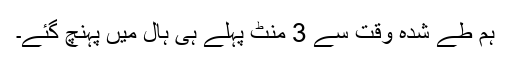
ہم طے شدہ وقت سے 3 منٹ پہلے ہی ہال میں پہنچ گئے۔